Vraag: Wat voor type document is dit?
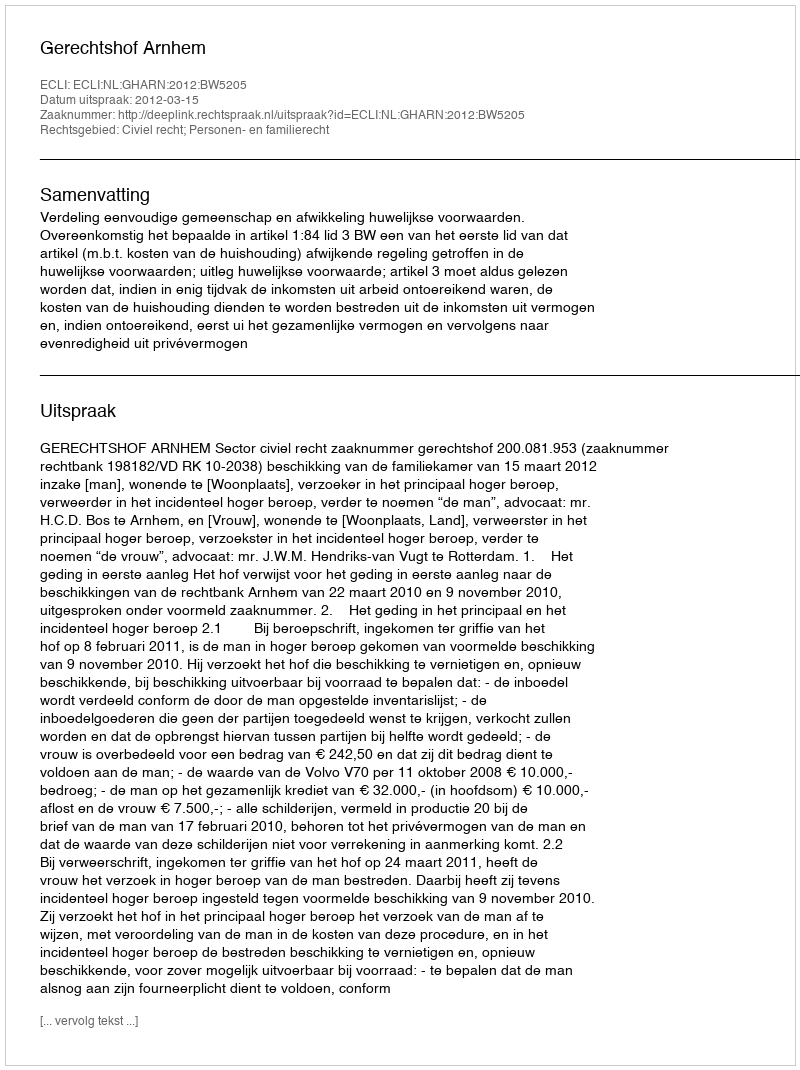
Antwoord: Uitspraak